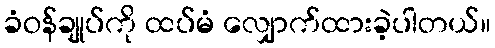
ခံဝန်ချုပ်ကို ထပ်မံ လျှောက်ထားခဲ့ပါတယ်။